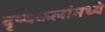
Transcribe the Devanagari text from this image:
दृष्यकलांमध्ये